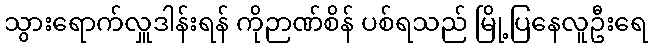
သွားရောက်လှူဒါန်းရန် ကိုဉာဏ်စိန် ပစ်ရသည် မြို့ပြနေလူဦးရေ